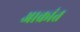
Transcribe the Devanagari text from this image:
अाक्रांत